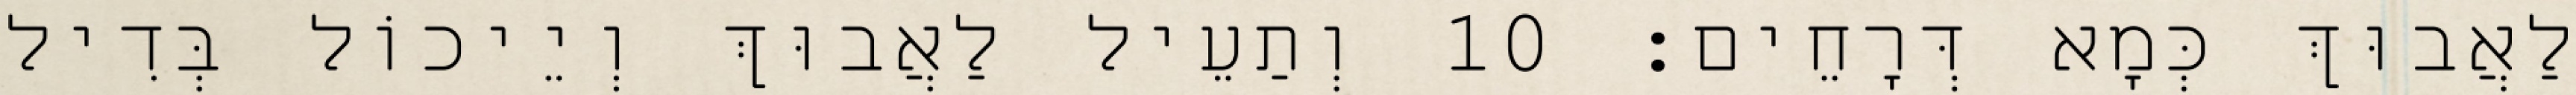
לַאֲבוּךְ כְּמָא דְּרָחֵים׃ 10 וְתַעֵיל לַאֲבוּךְ וְיֵיכוֹל בְּדִיל